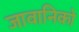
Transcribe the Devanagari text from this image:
जावानिको